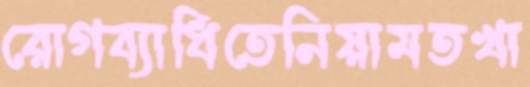
রোগব্যাধিতেনিয়ামতখা